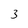
Character: 3